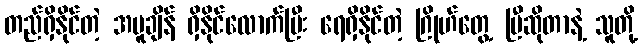
တည်ရှိနိုင်တဲ့ အပူချိန် ရှိနိုင်လောက်ပြီး ရေရှိနိုင်တဲ့ ဂြိုဟ်တွေ့ ပြီဆိုတာနဲ့ သူတို့